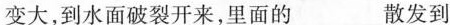
变大，到水面破裂开来，里面的___散发到